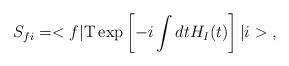
LaTeX: \begin{align*}S_{fi}=<f|{\rm T}\exp \left[ -i\int dtH_{I}(t)\right] |i>\;, \end{align*}